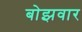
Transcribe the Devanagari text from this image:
बोझवार